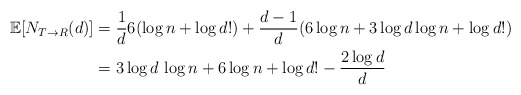
\begin{align*}\mathbb{E}[N_{T\to R}(d)]&=\frac{1}{d}6(\log n+\log d!)+\frac{d-1}{d}(6\log n+3\log d\log n+\log d!)\\&=3\log d \, \log n+6\log n+\log d!-\frac{2\log d}{d}\end{align*}